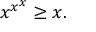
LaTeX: x ^ { x ^ { x } } \geq x .